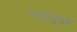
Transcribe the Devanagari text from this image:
नत्रामुळे